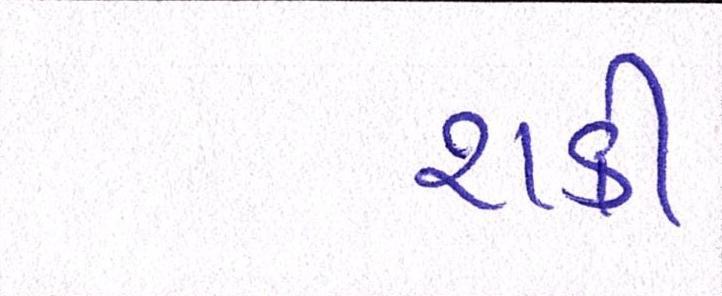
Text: શકી